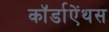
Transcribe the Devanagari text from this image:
कॉर्डाऐंथस